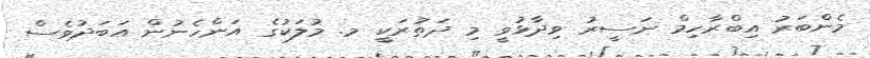
މެންބަރު އިބްރާހިމް ނަސީރު ވިދާޅުވީ މި ދަތުރަކީ މ. މުލަކުގެ އަންހެނުން އަބަދުވެސް